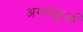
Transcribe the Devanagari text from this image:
अगमकुआँ